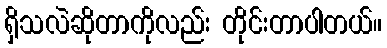
ရှိသလဲဆိုတာကိုလည်း တိုင်းတာပါတယ်။